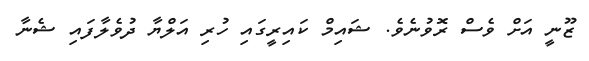
ޒޫނީ އަށް ވެސް ރޮވުނެވެ. ޝައިމް ކައިރީގައި ހުރި އަލްޔާ ދުވެލާފައި ޝެނާ